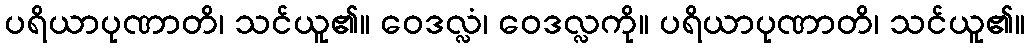
ပရိယာပုဏာတိ၊ သင်ယူ၏။ ဝေဒလ္လံ၊ ဝေဒလ္လကို။ ပရိယာပုဏာတိ၊ သင်ယူ၏။